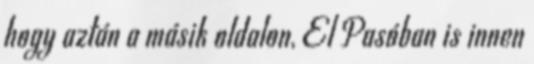
hogy aztán a másik oldalon, El Pasóban is innen